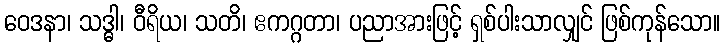
ဝေဒနာ၊ သဒ္ဓါ၊ ဝီရိယ၊ သတိ၊ ဧကဂ္ဂတာ၊ ပညာအားဖြင့် ရှစ်ပါးသာလျှင် ဖြစ်ကုန်သော။